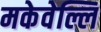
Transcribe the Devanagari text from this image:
मकेवेल्लि